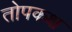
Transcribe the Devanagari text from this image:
तोपकक्ष